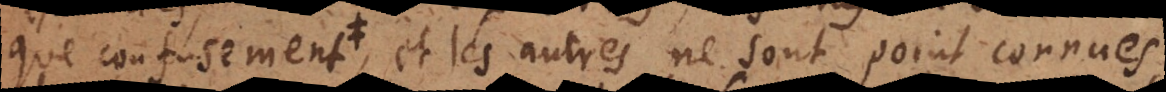
que confusement, et les autres ne sont point connues